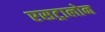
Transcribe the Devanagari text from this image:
एसट्रालोन